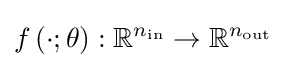
f\left(\cdot ;\theta \right):\mathbb {R} ^{n_{\mathrm {in} }}\to \mathbb {R} ^{n_{\mathrm {out} }}